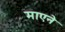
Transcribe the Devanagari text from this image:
माएने